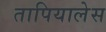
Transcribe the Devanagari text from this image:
तापियालेस